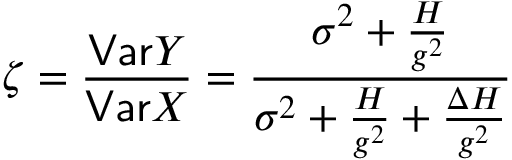
\zeta = \frac { \mathsf { V a r } Y } { \mathsf { V a r } X } = \frac { \sigma ^ { 2 } + \frac { H } { g ^ { 2 } } } { \sigma ^ { 2 } + \frac { H } { g ^ { 2 } } + \frac { \Delta H } { g ^ { 2 } } }